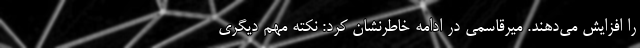
را افزایش می‌دهند. میرقاسمی در ادامه خاطرنشان کرد: نکته مهم دیگری